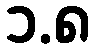
၁.၈